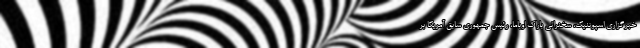
خبرگزاری اسپوتنیک، سخنرانی باراک اوباما، رئیس جمهوری سابق آمریکا بر